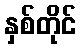
နှစ်တိုင်